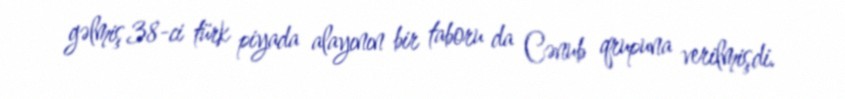
gəlmiş 38-ci türk piyada alayının bir taboru da Cənub qrupuna verilmişdi.